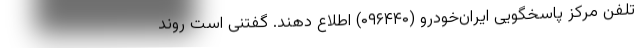
تلفن‌ مرکز پاسخگویی ایران‌خودرو (۰۹۶۴۴۰) اطلاع دهند. گفتنی است روند